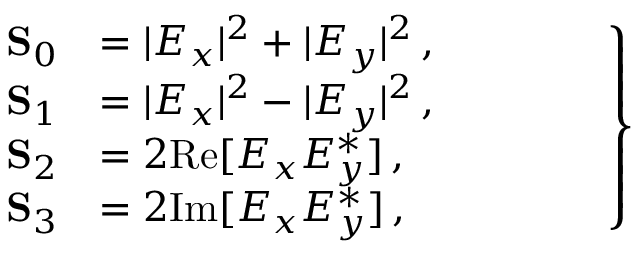
\left. \begin{array} { r l } { \mathbf { S } _ { 0 } } & { = | E _ { x } | ^ { 2 } + | E _ { y } | ^ { 2 } \, , \phantom { Z Z Z Z } } \\ { \mathbf { S } _ { 1 } } & { = | E _ { x } | ^ { 2 } - | E _ { y } | ^ { 2 } \, , } \\ { \mathbf { S } _ { 2 } } & { = 2 \mathrm { R e } [ E _ { x } E _ { y } ^ { \ast } ] \, , } \\ { \mathbf { S } _ { 3 } } & { = 2 \mathrm { I m } [ E _ { x } E _ { y } ^ { \ast } ] \, , } \end{array} \right\}